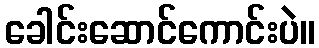
ခေါင်းဆောင်ကောင်းပဲ။